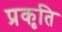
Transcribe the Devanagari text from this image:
प्रकृति